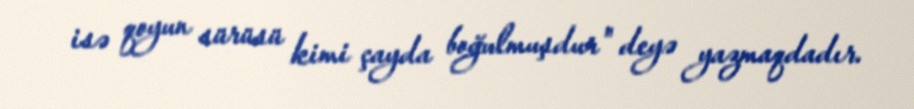
isə qoyun sürüsü kimi çayda boğulmuşdur" deyə yazmaqdadır.